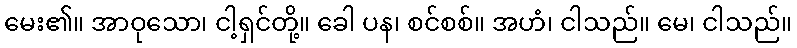
မေး၏။ အာဝုသော၊ ငါ့ရှင်တို့။ ခေါ ပန၊ စင်စစ်။ အဟံ၊ ငါသည်။ မေ၊ ငါသည်။